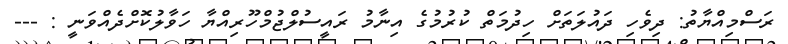
ރަސްމިއްޔާތު: ދިވެހި ދައުލަތަށް ހިދުމަތް ކުރުމުގެ އިނާމު ރައީސުލްޖުމްހޫރިއްޔާ ހަވާލުކޮށްދެއްވަނީ : ---